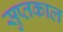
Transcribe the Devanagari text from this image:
सुप्तकाल